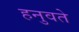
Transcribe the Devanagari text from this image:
हनुवते